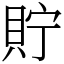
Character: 貯